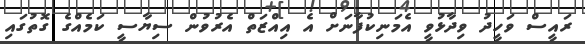
ރައީސް ވަހީދު ވިދާޅުވީ އެމަނިކުފާނަށް އެ އިއްޒަތް އެރުވުން ސިޔާސީ ކަމެއްގެ ގޮތުގައި